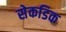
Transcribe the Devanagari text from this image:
सेकडिक